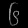
Digit: ၆